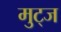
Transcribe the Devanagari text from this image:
मुट्‌ज